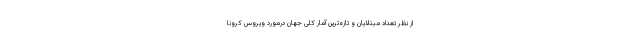
از نظر تعداد مبتلایان و تازه‌ترین آمار کلی جهان درمورد ویروس کرونا